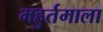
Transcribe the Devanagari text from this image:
महुर्तमाला